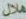
هلال